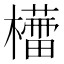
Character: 𣞦